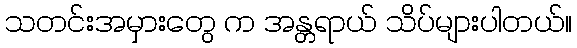
သတင်းအမှားတွေ က အန္တရာယ် သိပ်များပါတယ်။